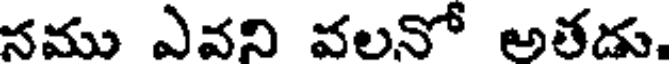
నము ఎవని వలనో అతడు.